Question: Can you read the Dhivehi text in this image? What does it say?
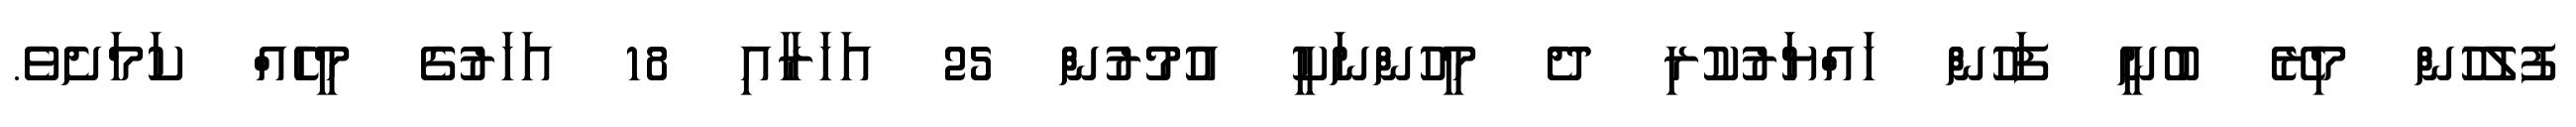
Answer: ފުލުހުން މިރޭ ބުނީ ފަހުން ހައްޔަރުކުރި ދެ މީހުންނަކީ އުމުރުން 25 އަހަރާއި 18 އަހަރުގެ މީހެއް ކަމަށެވެ.